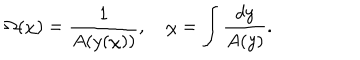
LaTeX: \Omega ( \chi ) = \frac { 1 } { A ( y ( \chi ) ) } , \hspace { 1 e m } \chi = \int \frac { d y } { A ( y ) } .